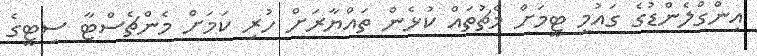
އިންގްލެންޑުގެ ގައުމީ ޓީމަށް މެޗުތައް ކުޅެން ތައްޔާރަށް ހުރި ކަމަށް މެންޗެސްޓާ ސިޓީގެ